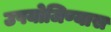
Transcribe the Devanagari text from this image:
उपयोजिण्यास